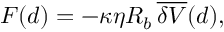
F ( d ) = - \kappa \eta R _ { b } \, \overline { { \delta V } } ( d ) ,